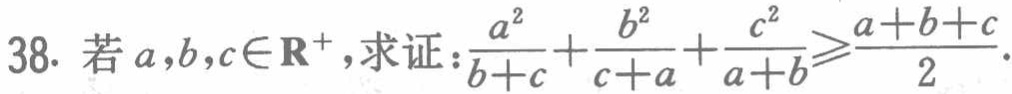
38. 若\(a,b,c\in\mathbf{R}^{+}\)，求证：\(\frac{a^{2}}{b + c}+\frac{b^{2}}{c + a}+\frac{c^{2}}{a + b}\geqslant\frac{a + b + c}{2}\)。